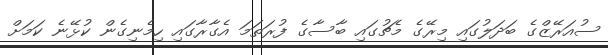
ސުއަރޭޒްގެ ބަދަލުގައި މިރޭގެ މެޗުގައި ބާސާގެ ފުރަތަމަ އެގާރާގައި ހިމެނިގެން ކުޅޭނެ ކަމަށް